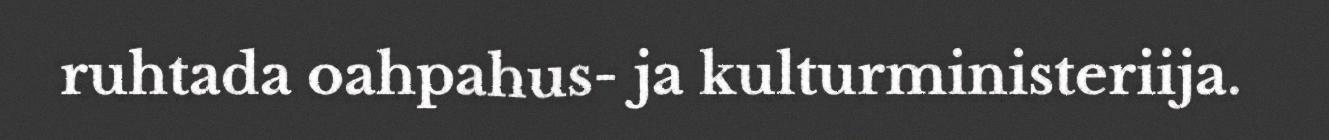
ruhtada oahpahus- ja kulturministeriija.